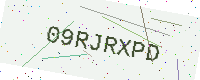
Text: 09RJRXPD